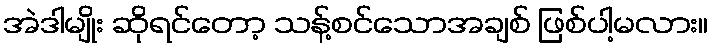
အဲဒါမျိုး ဆိုရင်တော့ သန့်စင်သောအချစ် ဖြစ်ပါ့မလား။